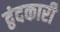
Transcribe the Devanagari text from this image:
द्वंदकारी